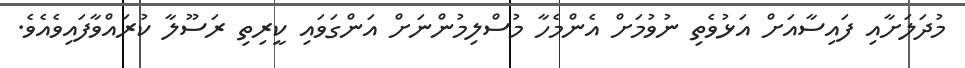
މުދަލަށާއި ފައިސާއަށް އަޅުވެތި ނުވުމަށް އެންމެހާ މުސްލިމުންނަށް އަންގަވައި ކީރިތި ރަސޫލާ ކުރައްވާފައިވެއެވެ.